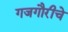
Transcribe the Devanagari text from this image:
गजगौरीचे